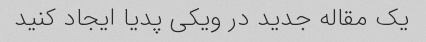
یک مقاله جدید در ویکی پدیا ایجاد کنید